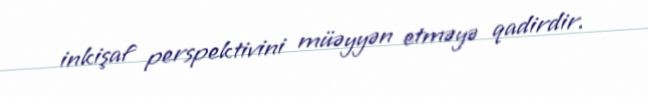
inkişaf perspektivini müəyyən etməyə qadirdir.